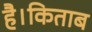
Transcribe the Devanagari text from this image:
है।किताब